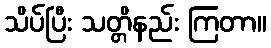
သိပ်ပြီး သတ္တိနည်း ကြတာ။